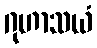
ဂုဟာသယံ